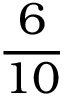
\frac { 6 } { 1 0 }